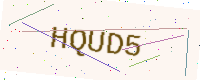
Text: HQUD5